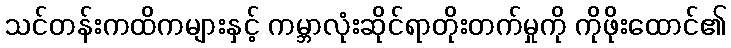
သင်တန်းကထိကများနှင့် ကမ္ဘာလုံးဆိုင်ရာတိုးတက်မှုကို ကိုဖိုးထောင်၏